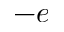
- e